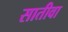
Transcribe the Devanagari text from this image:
सातीवा